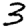
Digit: 3